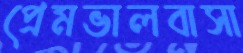
প্রেমভালবাসা